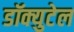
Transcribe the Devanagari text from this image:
डॉक्युटेल